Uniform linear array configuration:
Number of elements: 12
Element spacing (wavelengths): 0.25
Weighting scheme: uniform
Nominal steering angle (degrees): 30
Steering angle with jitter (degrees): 30.566
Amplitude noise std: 0.05
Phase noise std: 0.05

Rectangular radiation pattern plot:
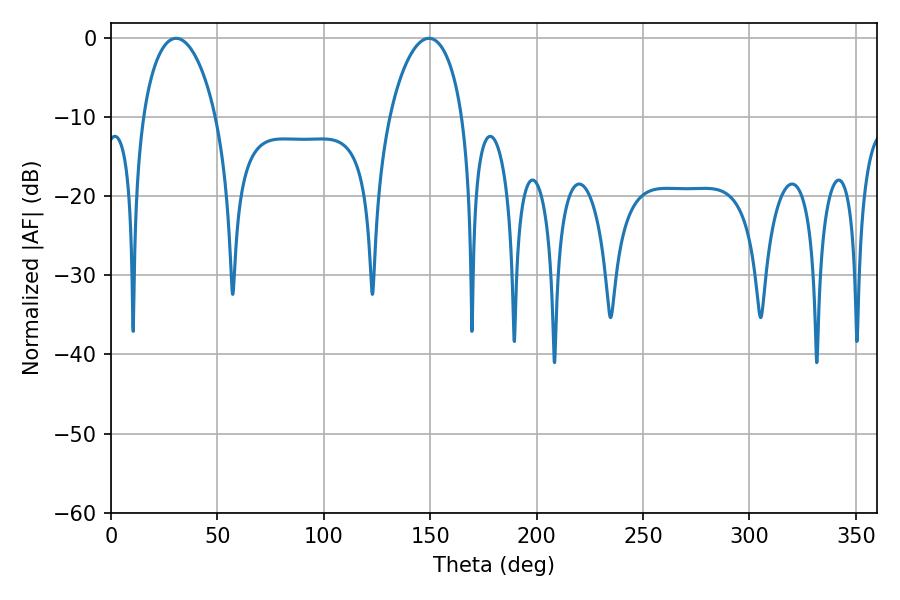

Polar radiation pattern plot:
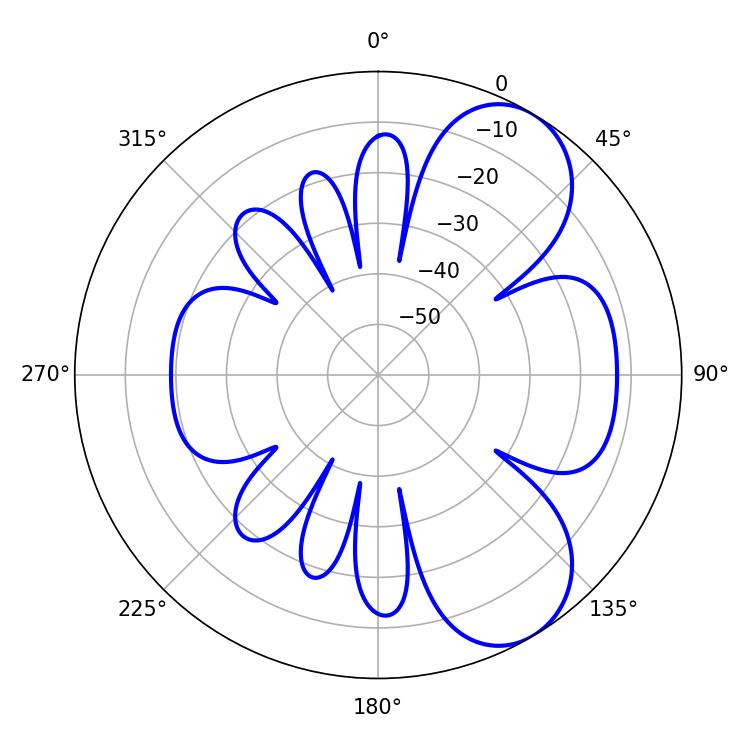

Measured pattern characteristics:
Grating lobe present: FALSE
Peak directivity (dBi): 7.037
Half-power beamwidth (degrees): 19.62
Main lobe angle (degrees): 30.6